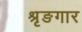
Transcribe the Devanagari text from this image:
श्रृङगार